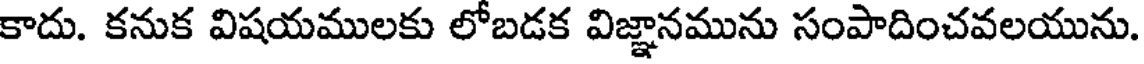
కాదు. కనుక విషయములకు లోబడక విజ్ఞానమును సంపాదించవలయును.